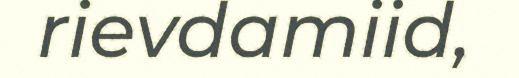
rievdamiid,